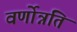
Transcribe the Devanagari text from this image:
वर्णोन्नति